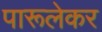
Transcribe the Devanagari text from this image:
पारूलेकर